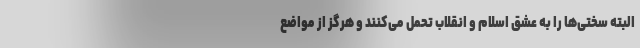
البته سختی‌ها را به عشق اسلام و انقلاب تحمل می‌کنند و هرگز از مواضع